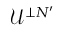
\mathcal { U } ^ { \perp N ^ { \prime } }